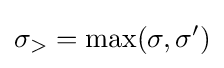
\sigma _{>}=\max(\sigma ,\sigma ')